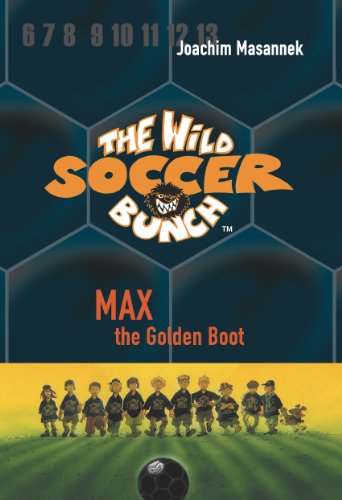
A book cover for The Wild Soccer Bunch,Book 5, Max the Golden Boot; Joachim Masannek; Children's Books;